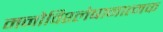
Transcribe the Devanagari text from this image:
मनोविश्लेषानात्मक